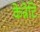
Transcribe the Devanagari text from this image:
केन्नेटि